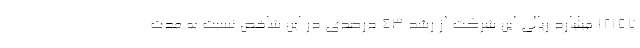
12157 میلیارد ریالی این شرکت از رشد 43 درصدی در این شاخص نسبت به مدت